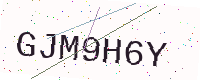
Text: GJM9H6Y